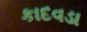
કાદવડા